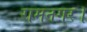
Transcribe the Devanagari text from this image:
रामनगर।